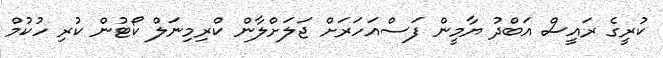
ކުރީގެ ރައީސް އަބްދު ޔާމީން ފަސްއަހަރަށް ޖަލަށްލާން ކްރިމިނަލް ކޯޓުން ކުރި ހުކުމް